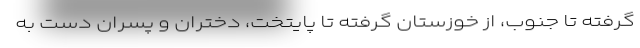
گرفته تا جنوب، از خوزستان گرفته تا پایتخت، دختران و پسران دست به